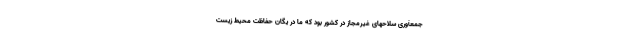
جمعآوری سلاحهای غیرمجاز در کشور بود که ما در یگان حفاظت محیط زیست